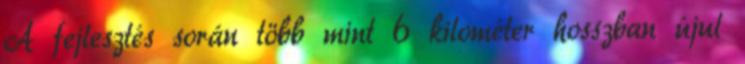
A fejlesztés során több mint 6 kilométer hosszban újul